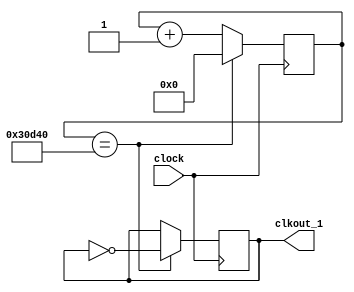
`timescale 1ns / 1ps
//////////////////////////////////////////////////////////////////////////////////
// Company: 
// Engineer: 
// 
// Design Name: 
// Module Name:    clock_display 
// Project Name: 
// Target Devices: 
// Tool versions: 
// Description: 
//
// Dependencies: 
//
// Revision: 
// Revision 0.01 - File Created
// Additional Comments: 
//
//////////////////////////////////////////////////////////////////////////////////
module clock_display(clock, clkout_1); 
input clock;//entrada reloj principal del constrain  file
output reg clkout_1; //salida del reloj 

reg [31:0] z;
parameter y = 32'd200000;//aqui de ajusta la frecuencia

always @(posedge clock)
begin
z <= z + 1;
if (z == y)
begin 
z <=0;
clkout_1 <= ~clkout_1;
end
end 


endmodule